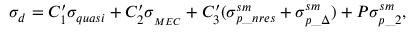
\sigma _ { d } = C _ { 1 } ^ { \prime } \sigma _ { q u a s i } + C _ { 2 } ^ { \prime } \sigma _ { _ { M E C } } + C _ { 3 } ^ { \prime } ( \sigma _ { p \_ n r e s } ^ { s m } + \sigma _ { p \_ \Delta } ^ { s m } ) + P \sigma _ { p \_ 2 } ^ { s m } ,